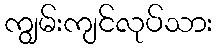
ကျွမ်းကျင်လုပ်သား